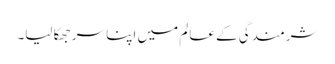
شرمندگی کے عالم میں اپنا سر جھکا لیا۔